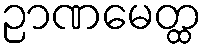
ဉာဏမေတ္ထ